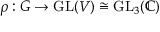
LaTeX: \rho : G \to { \mathrm { G L } } ( V ) \cong { \mathrm { G L } } _ { 3 } ( \mathbb { C } )